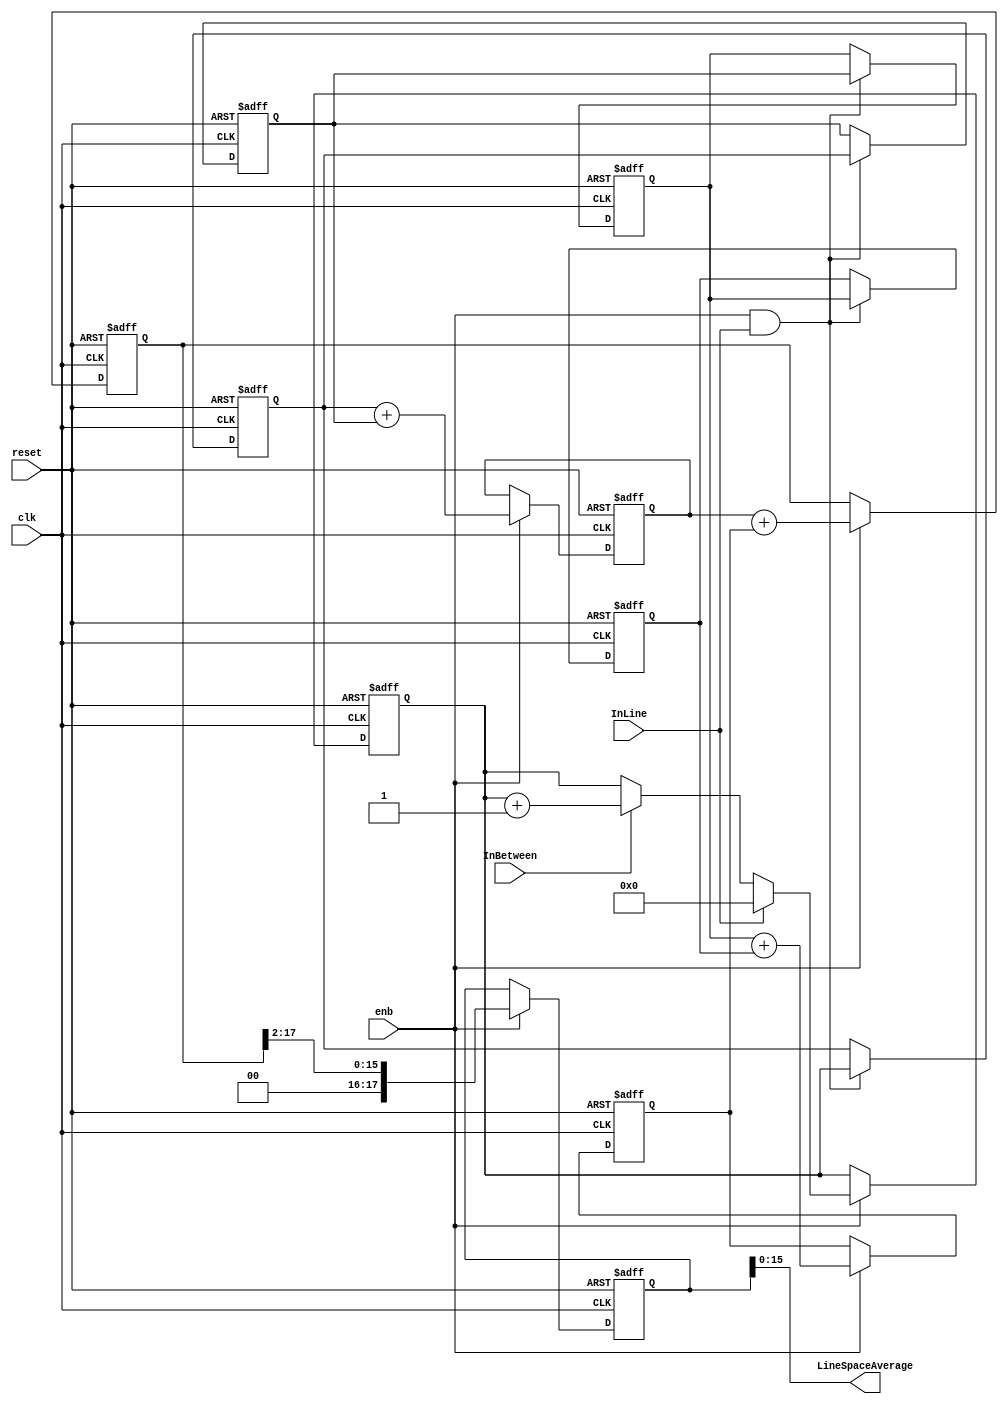
// -------------------------------------------------------------
// 
// 
// Generated by MATLAB 9.13 and HDL Coder 4.0
// 
// -------------------------------------------------------------


// -------------------------------------------------------------
// 
// Module: LineSpaceAverager_block
// Source Path: BlobAnalysisHDL/BlobDetector/CCA_Algorithm/Closing/LineBuffer/LineSpaceAverager
// Hierarchy Level: 4
// 
// -------------------------------------------------------------

`timescale 1 ns / 1 ns

module LineSpaceAverager_block
          (clk,
           reset,
           enb,
           InBetween,
           InLine,
           LineSpaceAverage);


  input   clk;
  input   reset;
  input   enb;
  input   InBetween;
  input   InLine;
  output  [15:0] LineSpaceAverage;  // ufix16


  reg [15:0] LineSpaceCounter;  // ufix16
  reg [15:0] LineSpaceCounterD1;  // ufix16
  reg [15:0] LineSpaceCounterD2;  // ufix16
  wire [16:0] adder_1;  // ufix17
  wire [16:0] adder_2;  // ufix17
  wire [16:0] AddTerm1;  // ufix17
  reg [16:0] AddTerm1REG;  // ufix17
  reg [15:0] LineSpaceCounterD3;  // ufix16
  reg [15:0] LineSpaceCounterD4;  // ufix16
  wire [16:0] adder_4;  // ufix17
  wire [16:0] adder_5;  // ufix17
  wire [16:0] AddTerm2;  // ufix17
  reg [16:0] AddTerm2REG;  // ufix17
  wire [17:0] adder_7;  // ufix18
  wire [17:0] adder_8;  // ufix18
  wire [17:0] AddTerm3;  // ufix18
  reg [17:0] AddTerm3REG;  // ufix18
  wire [17:0] AddTerm3_1;  // ufix18
  reg [17:0] AddTerm3REG_1;  // ufix18


  // Free running, Unsigned Counter
  //  initial value   = 0
  //  step value      = 1
  always @(posedge clk or posedge reset)
    begin : Read_Count_process
      if (reset == 1'b1) begin
        LineSpaceCounter <= 16'b0000000000000000;
      end
      else begin
        if (enb) begin
          if (InLine == 1'b1) begin
            LineSpaceCounter <= 16'b0000000000000000;
          end
          else if (InBetween == 1'b1) begin
            LineSpaceCounter <= LineSpaceCounter + 16'b0000000000000001;
          end
        end
      end
    end



  always @(posedge clk or posedge reset)
    begin : reg_rsvd_process
      if (reset == 1'b1) begin
        LineSpaceCounterD1 <= 16'b0000000000000000;
      end
      else begin
        if (enb && InLine) begin
          LineSpaceCounterD1 <= LineSpaceCounter;
        end
      end
    end



  always @(posedge clk or posedge reset)
    begin : reg_rsvd_1_process
      if (reset == 1'b1) begin
        LineSpaceCounterD2 <= 16'b0000000000000000;
      end
      else begin
        if (enb && InLine) begin
          LineSpaceCounterD2 <= LineSpaceCounterD1;
        end
      end
    end



  assign adder_1 = {1'b0, LineSpaceCounterD1};
  assign adder_2 = {1'b0, LineSpaceCounterD2};
  assign AddTerm1 = adder_1 + adder_2;



  always @(posedge clk or posedge reset)
    begin : reg_rsvd_2_process
      if (reset == 1'b1) begin
        AddTerm1REG <= 17'b00000000000000000;
      end
      else begin
        if (enb) begin
          AddTerm1REG <= AddTerm1;
        end
      end
    end



  always @(posedge clk or posedge reset)
    begin : reg_rsvd_3_process
      if (reset == 1'b1) begin
        LineSpaceCounterD3 <= 16'b0000000000000000;
      end
      else begin
        if (enb && InLine) begin
          LineSpaceCounterD3 <= LineSpaceCounterD2;
        end
      end
    end



  always @(posedge clk or posedge reset)
    begin : reg_rsvd_4_process
      if (reset == 1'b1) begin
        LineSpaceCounterD4 <= 16'b0000000000000000;
      end
      else begin
        if (enb && InLine) begin
          LineSpaceCounterD4 <= LineSpaceCounterD3;
        end
      end
    end



  assign adder_4 = {1'b0, LineSpaceCounterD3};
  assign adder_5 = {1'b0, LineSpaceCounterD4};
  assign AddTerm2 = adder_4 + adder_5;



  always @(posedge clk or posedge reset)
    begin : reg_rsvd_5_process
      if (reset == 1'b1) begin
        AddTerm2REG <= 17'b00000000000000000;
      end
      else begin
        if (enb) begin
          AddTerm2REG <= AddTerm2;
        end
      end
    end



  assign adder_7 = {1'b0, AddTerm1REG};
  assign adder_8 = {1'b0, AddTerm2REG};
  assign AddTerm3 = adder_7 + adder_8;



  always @(posedge clk or posedge reset)
    begin : reg_rsvd_6_process
      if (reset == 1'b1) begin
        AddTerm3REG <= 18'b000000000000000000;
      end
      else begin
        if (enb) begin
          AddTerm3REG <= AddTerm3;
        end
      end
    end



  assign AddTerm3_1 = AddTerm3REG >> 8'd2;



  always @(posedge clk or posedge reset)
    begin : reg_rsvd_7_process
      if (reset == 1'b1) begin
        AddTerm3REG_1 <= 18'b000000000000000000;
      end
      else begin
        if (enb) begin
          AddTerm3REG_1 <= AddTerm3_1;
        end
      end
    end



  assign LineSpaceAverage = AddTerm3REG_1[15:0];



endmodule  // LineSpaceAverager_block